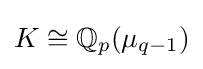
K\cong \mathbb {Q} _{p}(\mu _{q-1})